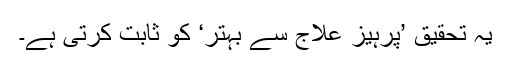
یہ تحقیق ’پرہیز علاج سے بہتر‘ کو ثابت کرتی ہے۔